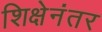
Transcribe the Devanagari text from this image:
शिक्षेनंतर